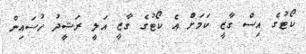
ކޯޓުގެ އިސް ގާޒީ ކަމަށް އެ ކޯޓުގެ ގާޒީ އަލީ ރަޝީދު ހުސައިން